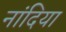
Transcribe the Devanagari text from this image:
नांदिया